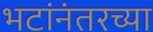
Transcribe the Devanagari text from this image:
भटांनंतरच्या